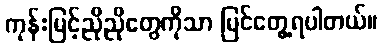
ကုန်းမြင့်ညိုညိုတွေကိုသာ မြင်တွေ့ရပါတယ်။